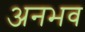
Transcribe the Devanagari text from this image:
अनभव